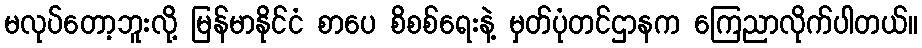
မလုပ်တော့ဘူးလို့ မြန်မာနိုင်ငံ စာပေ စိစစ်ရေးနဲ့ မှတ်ပုံတင်ဌာနက ကြေညာလိုက်ပါတယ်။